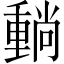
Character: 𡮶